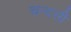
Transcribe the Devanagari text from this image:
चन्दसी